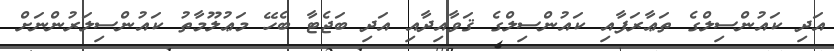
އަދި ކައުންސިލްގެ ތަޢާރަފާއި ކައުންސިލްގެ ޤަވާއިދާއި އަދި ބަޖެޓާ ބެހޭ މަޢުލޫމާތު ކައުންސިލަރުންނަށް